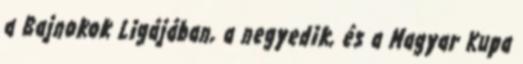
a Bajnokok Ligájában, a negyedik, és a Magyar Kupa